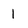
Character: l